Indian journal of veterinary science and animal husbandry - Volume 9,
Year: 1939
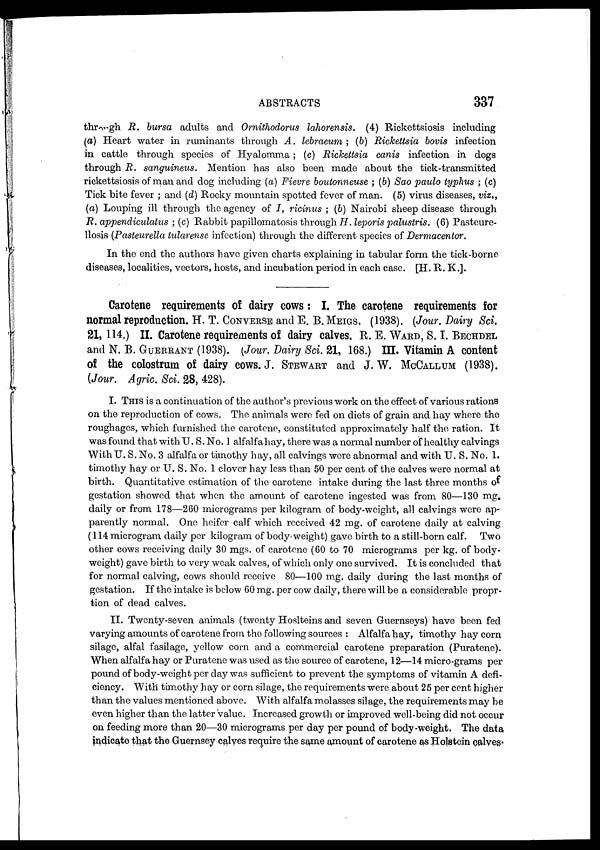
ABSTRACTS
337
through R. bursa adults and Ornithodorus lahorensis. (4) Rickettsiosis including
(a) Heart water in ruminants through A. lebraeum ; (b) Rickettsia bovis infection
in cattle through species of Hyalomma; (c) Rickettsia canis infection in dogs
through R. sanguineus. Mention has also been made about the tick-transmitted
rickettsiosis of man and dog including (a) Fievre boutonneuse ; (b) Sao paulo typhus ; (c)
Tick bite fever ; and (d) Rocky mountain spotted fever of man. (5) virus diseases, viz„
(a) Louping ill through the agency of I, ricinus ; (b) Nairobi sheep disease through
R. appendiculatus ; (c) Rabbit papillomatosis through H. leporis palustris. (6) Pasteure¬
llosis (Pasteurella tularense infection) through the different species of Dermacentor.
In the end the authors have given charts explaining in tabular form the tick-borne
diseases, localities, vectors, hosts, and incubation period in each case. [H. R. K.].
Carotene requirements of dairy cows: I. The carotene requirements for
normal reproduction. H. T. CONVERSE and E. B. MEIGS. (1938). (Jour. Dairy Sci.
21, 114.) II. Carotene requirements of dairy calves. R. E. WARD, S. I. BECHDEL
and N. B. GUERRANT (1938). (Jour. Dairy Sci. 21, 168.) III. Vitamin A content
of the colostrum of dairy cows. J. STEWART and J. W. MCCALLUM (1938).
(Jour. Agric. Sci. 28, 428).
I. THIS is a continuation of the author's previous work on the effect of various rations
on the reproduction of cows. The animals were fed on diets of grain and hay where the
roughages, which furnished the carotene, constituted approximately half the ration. It
was found that with U. S. No. 1 alfalfahay, there was a normal number of healthy calvings
With U. S. No. 3 alfalfa or timothy hay, all calvings were abnormal and with U. S. No. 1.
timothy hay or U. S. No. 1 clover hay less than 50 per cent of the calves were normal at
birth. Quantitative estimation of the carotene intake during the last three months of
gestation showed that when the amount of carotene ingested was from 80—130 mg.
daily or from 178—260 micrograms per kilogram of body-weight, all calvings were ap-
parently normal. One heifer calf which received 42 mg. of carotene daily at calving
(114 microgram daily per kilogram of body-weight) gave birth to a still-born calf. Two
other cows receiving daily 30 mgs. of carotene (60 to 70 micrograms per kg. of body-
weight) gave birth to very weak calves, of which only one survived. It is concluded that
for normal calving, cows should receive 80—100 mg. daily during the last months of
gestation. If the intake is below 60 mg. per cow daily, there will be a considerable propr¬
tion of dead calves.
II. Twenty-seven animals (twenty Hoslteins and seven Guernseys) have been fed
varying amounts of carotene from the following sources : Alfalfa hay, timothy hay corn
silage, alfal fasilage, yellow corn and a commercial carotene preparation (Puratene).
When alfalfahay or Puratene was used as the source of carotene, 12—14 micro-grams per
pound of body-weight per day was sufficient to prevent the symptoms of vitamin A defi-
ciency. With timothy hay or corn silage, the requirements were about 25 per cent higher
than the values mentioned above. With alfalfa molasses silage, the requirements may be
even higher than the latter value. Increased growth or improved well-being did not occur
on feeding more than 20—30 micrograms per day per pound of body-weight. The data
indicate that the Guernsey calves require the same amount of carotene as Holstein calves.